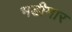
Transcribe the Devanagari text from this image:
भडीमार